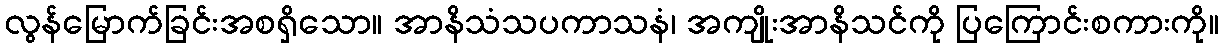
လွန်မြောက်ခြင်းအစရှိသော။ အာနိသံသပကာသနံ၊ အကျိုးအာနိသင်ကို ပြကြောင်းစကားကို။